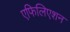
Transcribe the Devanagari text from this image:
एफिलिएशन